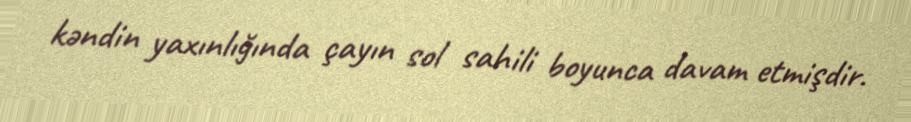
kəndin yaxınlığında çayın sol sahili boyunca davam etmişdir.